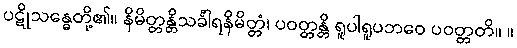
ပဋိုသန္ဓေတို့၏။ နိမိတ္တန္တိသင်္ခါရနိမိတ္တံ၊ ပဝတ္တန္တိ ရူပါရူပဘဝေ ပဝတ္တတိ။ ။